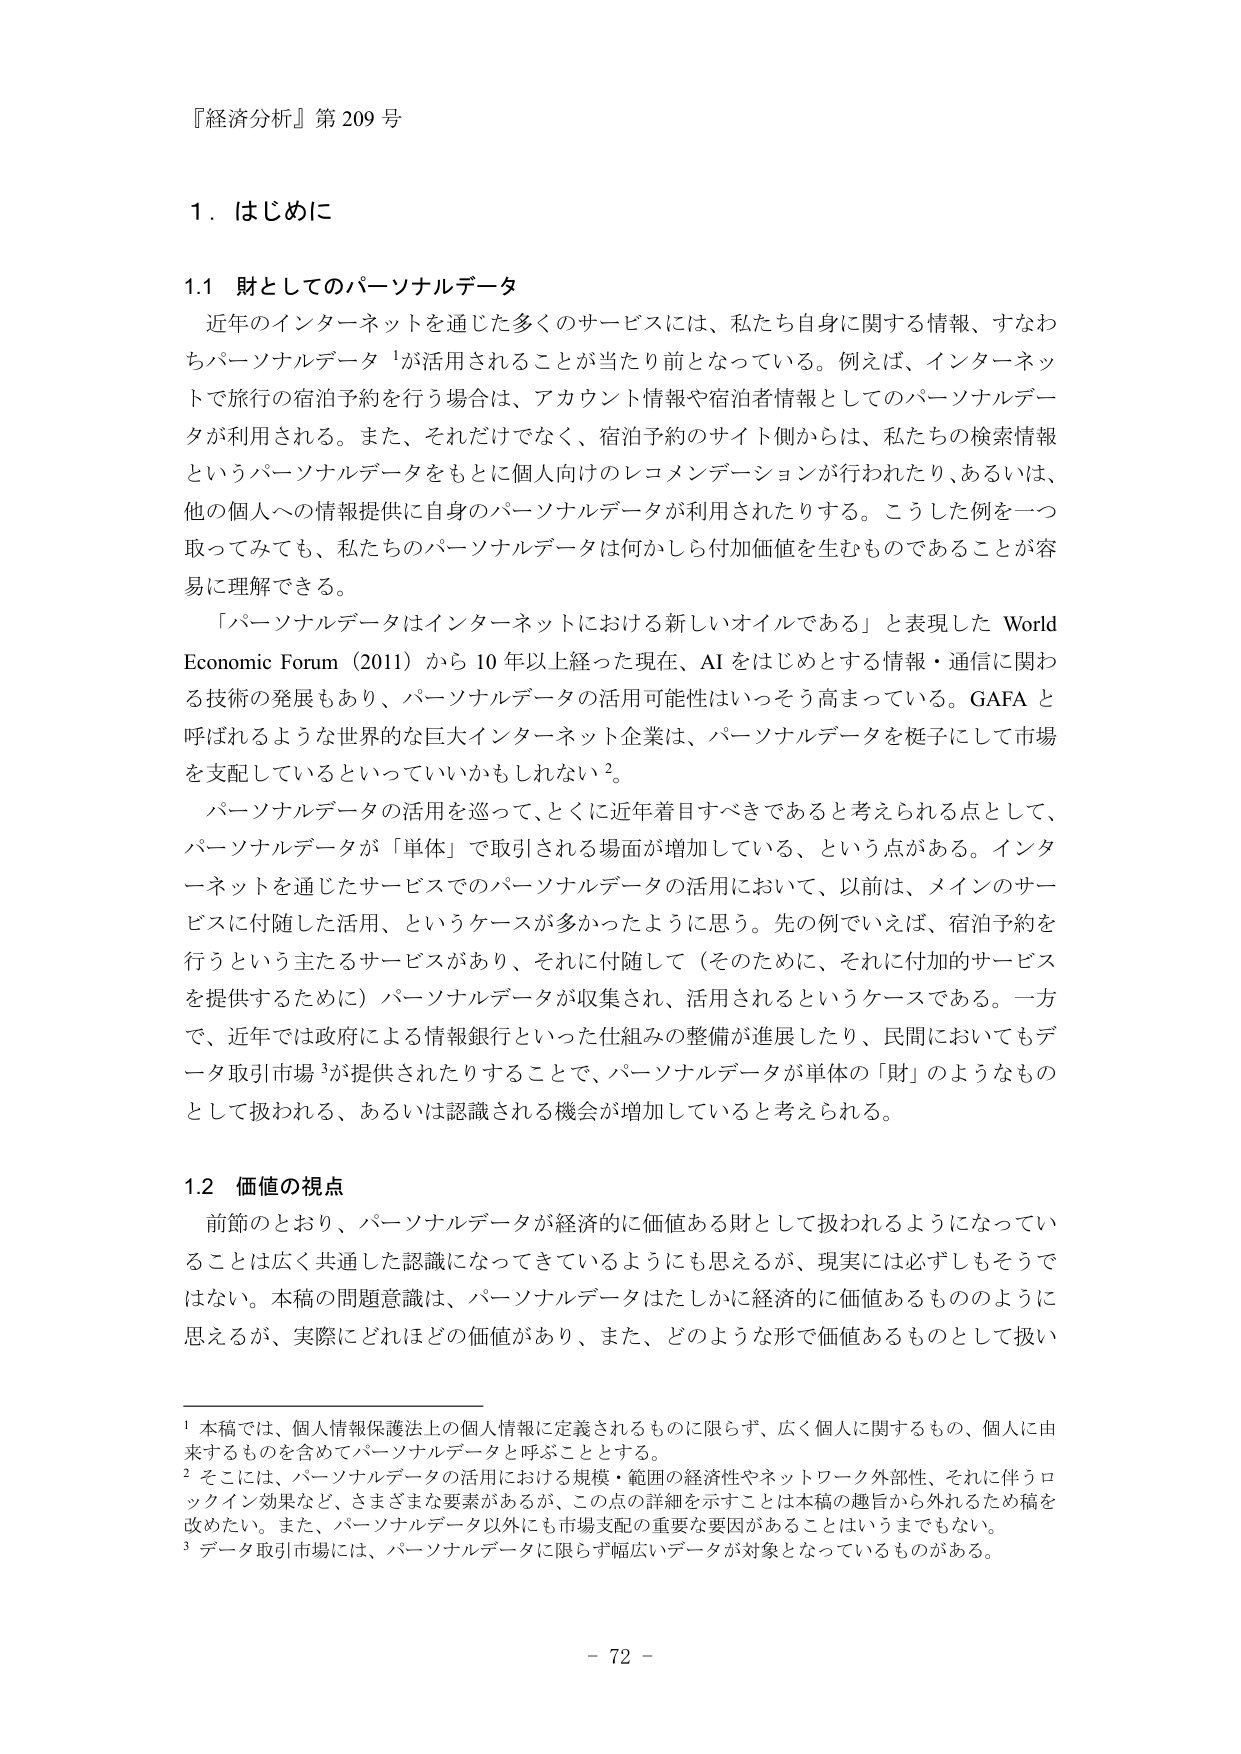
『経済分析』第209号

1．はじめに

1.1 財としてのパーソナルデータ
近年のインターネットを通じた多くのサービスには、私たち自身に関する情報、すなわちパーソナルデータ¹が活用されることが当たり前となっている。例えば、インターネットで旅行の宿泊予約を行う場合は、アカウント情報や宿泊者情報としてのパーソナルデータが利用される。また、それだけでなく、宿泊予約のサイト側からは、私たちの検索情報というパーソナルデータをもとに個人向けのレコメンデーションが行われたり、あるいは、他の個人への情報提供に自身のパーソナルデータが利用されたりする。こうした例を一つ取ってみても、私たちのパーソナルデータは何かしら付加価値を生むものであることが容易に理解できる。
「パーソナルデータはインターネットにおける新しいオイルである」と表現した World Economic Forum（2011）から10年以上経った現在、AIをはじめとする情報・通信に関わる技術の発展もあり、パーソナルデータの活用可能性はいっそう高まっている。GAFAと呼ばれるような世界的な巨大インターネット企業は、パーソナルデータを梃子にして市場を支配しているといっていいかもしれない²。
パーソナルデータの活用を巡って、とくに近年着目すべきであると考えられる点として、パーソナルデータが「単体」で取引される場面が増加している、という点がある。インターネットを通じたサービスでのパーソナルデータの活用において、以前は、メインのサービスに付随した活用、というケースが多かったように思う。先の例でいえば、宿泊予約を行うという主たるサービスがあり、それに付随して（そのために、それに付加的サービスを提供するために）パーソナルデータが収集され、活用されるというケースである。一方で、近年では政府による情報銀行といった仕組みの整備が進展したり、民間においてもデータ取引市場³が提供されたりすることで、パーソナルデータが単体の「財」のようなものとして扱われる、あるいは認識される機会が増加していると考えられる。

1.2 価値の視点
前節のとおり、パーソナルデータが経済的に価値ある財として扱われるようになっていることは広く共通した認識になってきているようにも思えるが、現実には必ずしもそうではない。本稿の問題意識は、パーソナルデータはたしかに経済的に価値あるもののように思えるが、実際にどれほどの価値があり、また、どのような形で価値あるものとして扱い

¹ 本稿では、個人情報保護法上の個人情報に定義されるものに限らず、広く個人に関するもの、個人に由来するものを含めてパーソナルデータと呼ぶこととする。
² そこには、パーソナルデータの活用における規模・範囲の経済性やネットワーク外部性、それに伴うロックイン効果など、さまざまな要素があるが、この点の詳細を示すことは本稿の趣旨から外れるため稿を改めたい。また、パーソナルデータ以外にも市場支配の重要な要因があることはいうまでもない。
³ データ取引市場には、パーソナルデータに限らず幅広いデータが対象となっているものがある。

- 72 -